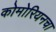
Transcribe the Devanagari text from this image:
कोमोरियनचा